Statistics compiled by the Government of India from the reports of provincial Civil Veterinary Departments
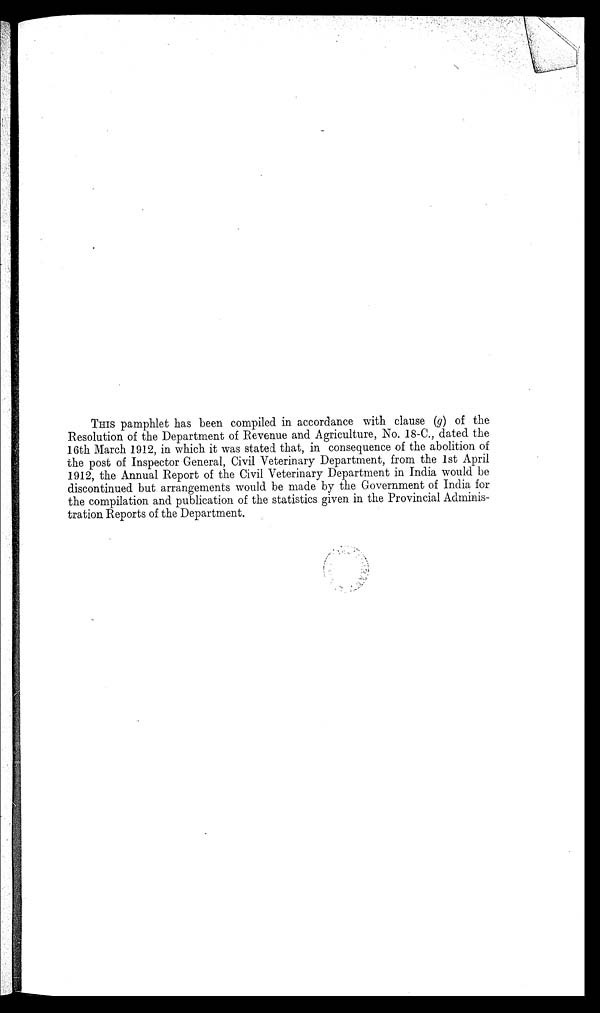
THIS pamphlet has been compiled in accordance with clause (g) of the
Resolution of the Department of Revenue and Agriculture, No. 18-C., dated the
16th March 1912, in which it was stated that, in consequence of the abolition of
the post of Inspector General, Civil Veterinary Department, from the 1st April
1912, the Annual Report of the Civil Veterinary Department in India would be
discontinued but arrangements would be made by the Government of India for
the compilation and publication of the statistics given in the Provincial Adminis-
tration Reports of the Department.